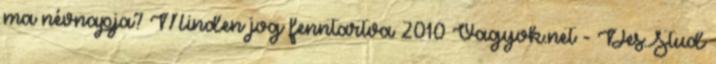
ma névnapja? Minden jog fenntartva 2010 Vagyok.net - Des.Stud